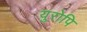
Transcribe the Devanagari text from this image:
युरोपि